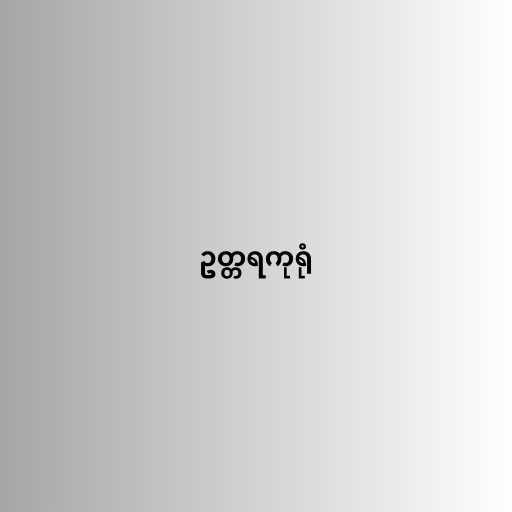
ဥတ္တရကုရုံ